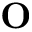
{ \bf O }